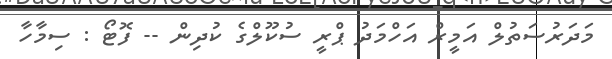
މަދަރުސަތުލް އަމީރް އަހްމަދު ޕްރީ ސުކޫލްގެ ކުދިން -- ފޮޓޯ : ސިމާހާ